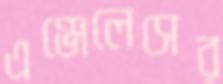
এঞ্জেলেসের